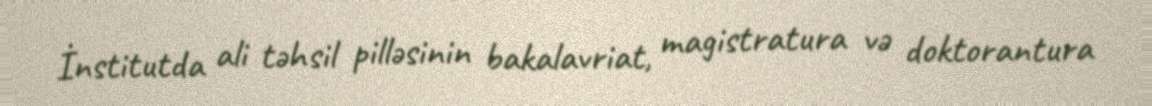
İnstitutda ali təhsil pilləsinin bakalavriat, magistratura və doktorantura